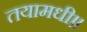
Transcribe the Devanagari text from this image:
तयामधी॥